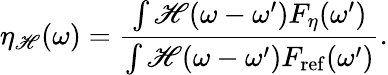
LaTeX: \eta_{\mathscr{H}}(\omega)=\frac{{\int\mathscr{H}(\omega-\omega^{\prime})F_{\eta}(\omega^{\prime})}}{{\int\mathscr{H}(\omega-\omega^{\prime})F_{\mathrm{{ref}}}(\omega^{\prime})}}.